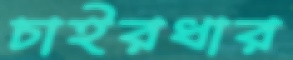
চাইরধার